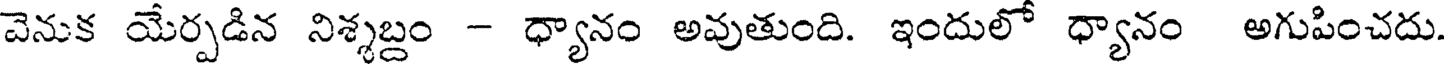
వెనుక యేర్పడిన నిశ్శబ్దం - ధ్యానం అవుతుంది. ఇందులో ధ్యానం అగుపించదు.